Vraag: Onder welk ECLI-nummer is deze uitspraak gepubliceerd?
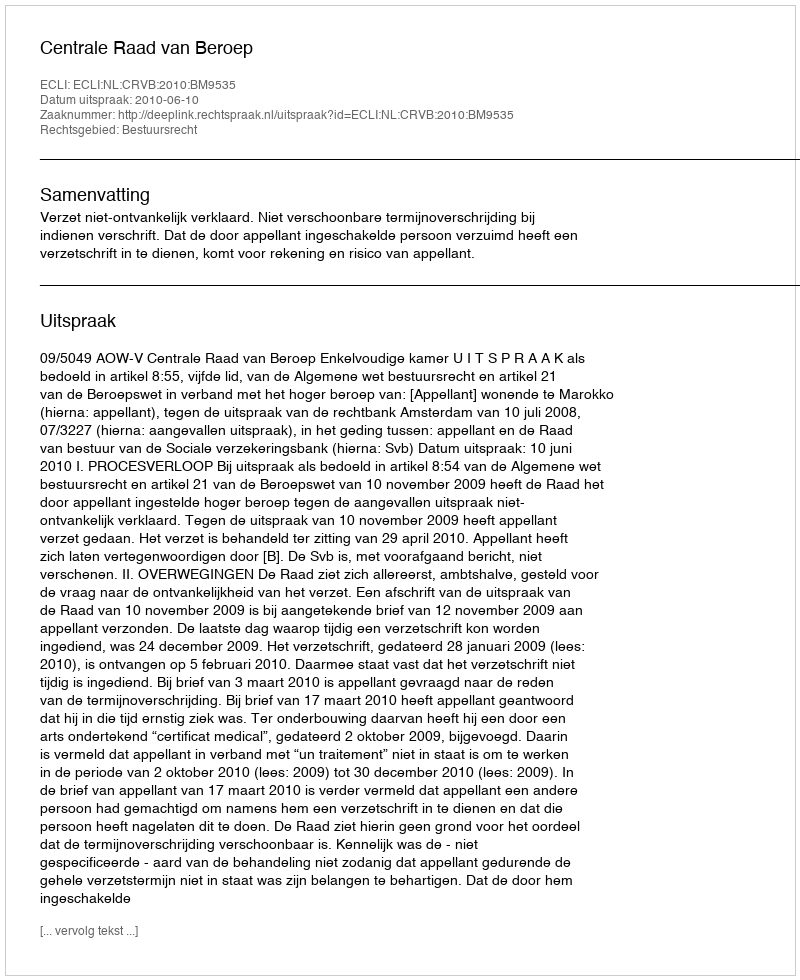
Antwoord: ECLI:NL:CRVB:2010:BM9535